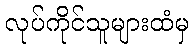
လုပ်ကိုင်သူများထံမှ